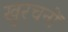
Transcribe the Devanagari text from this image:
खुरचनों